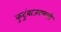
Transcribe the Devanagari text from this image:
कुटुंबाजवळची